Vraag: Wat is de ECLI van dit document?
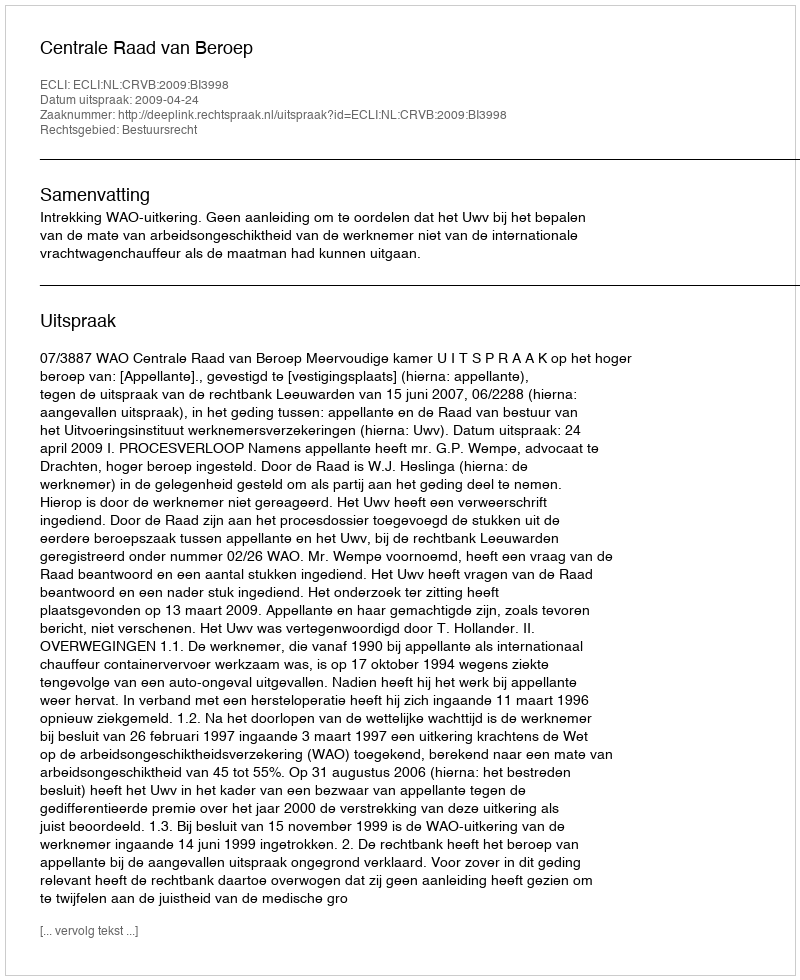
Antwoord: ECLI:NL:CRVB:2009:BI3998